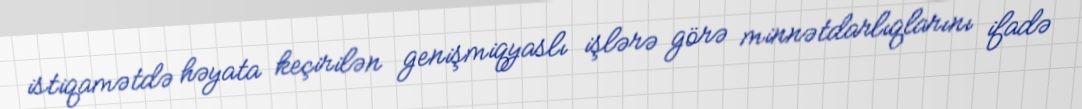
istiqamətdə həyata keçirilən genişmiqyaslı işlərə görə minnətdarlıqlarını ifadə